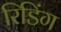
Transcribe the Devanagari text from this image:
रिडिंग